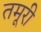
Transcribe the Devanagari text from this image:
तमूरी